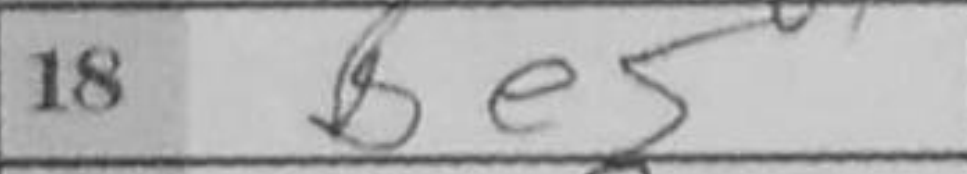
Transcription: Be5